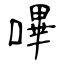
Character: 嗶